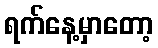
ရက်နေ့မှာတော့